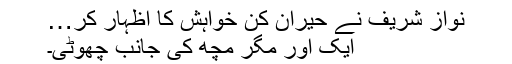
نواز شریف نے حیران کن خواہش کا اظہار کر…
ایک اور مگر مچھ کی جانب چھوٹی۔